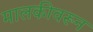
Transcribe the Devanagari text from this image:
मालकीवरून